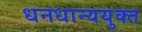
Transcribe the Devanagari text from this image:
धनधान्ययुक्त